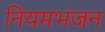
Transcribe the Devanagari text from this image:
नियमभंजन